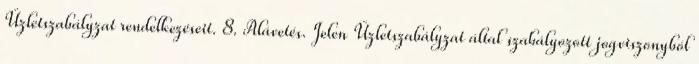
Üzletszabályzat rendelkezéseit. 8. Alávetés. Jelen Üzletszabályzat által szabályozott jogviszonyból